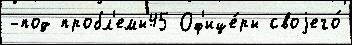
-под пробл'емы45 Оф'ице́ры своjего́